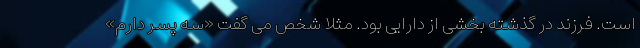
است. فرزند در گذشته بخشی از دارایی بود. مثلا شخص می گفت «‌سه پسر دارم»